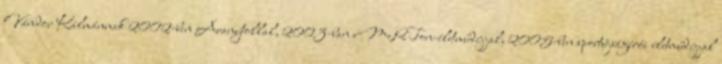
Vándor Kálmánnak 2002-ben Aranytollal, 2003-ban eMeRTon-életműdíjjal, 2005-ben sportújságírói életműdíjjal